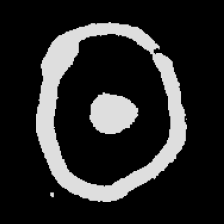
Pyu character \u2014 Myanmar letter: ထ (romanized: tha)